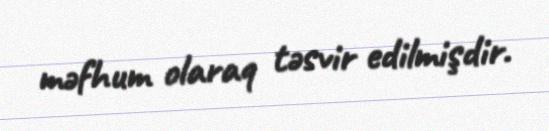
məfhum olaraq təsvir edilmişdir.